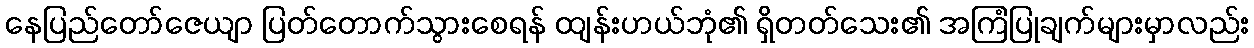
နေပြည်တော်ဇေယျာ ပြတ်တောက်သွားစေရန် ထျန်းဟယ်ဘုံ၏ ရှိတတ်သေး၏ အကြံပြုချက်များမှာလည်း